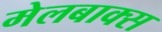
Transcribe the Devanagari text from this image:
मेलबाक्स